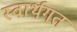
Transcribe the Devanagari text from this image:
स्वार्थगत